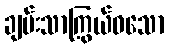
ချမ်းသာကြွယ်ဝသော